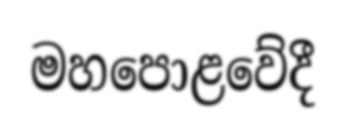
මහපොළවේදී